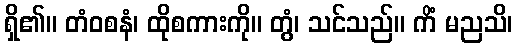
ရှိ၏။ တံဝစနံ၊ ထိုစကားကို။ တွံ၊ သင်သည်။ ကိံ မညသိ၊